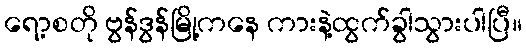
ရော့စတို ဗွန်ဒွန်မြို့ကနေ ကားနဲ့ထွက်ခွါသွားပါပြီ။